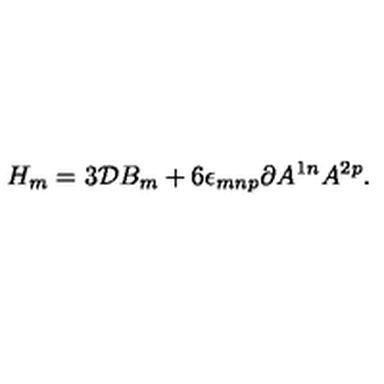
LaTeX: H _ { m } = 3 { \cal D } B _ { m } + 6 \epsilon _ { m n p } \partial A ^ { 1 n } A ^ { 2 p } .